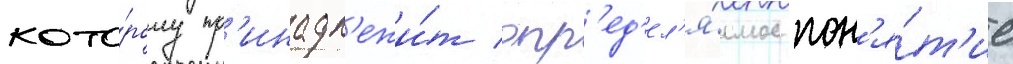
кото́рому пр'инадл'ежи́т опр'ед'ел'я́емое пон'я́т'ие